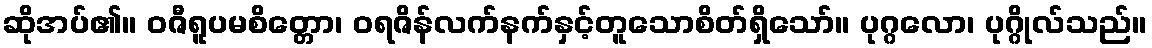
ဆိုအပ်၏။ ဝဇီရူပမစိတ္တော၊ ဝရဇိန်လက်နက်နှင့်တူသောစိတ်ရှိသော်။ ပုဂ္ဂလော၊ ပုဂ္ဂိုလ်သည်။